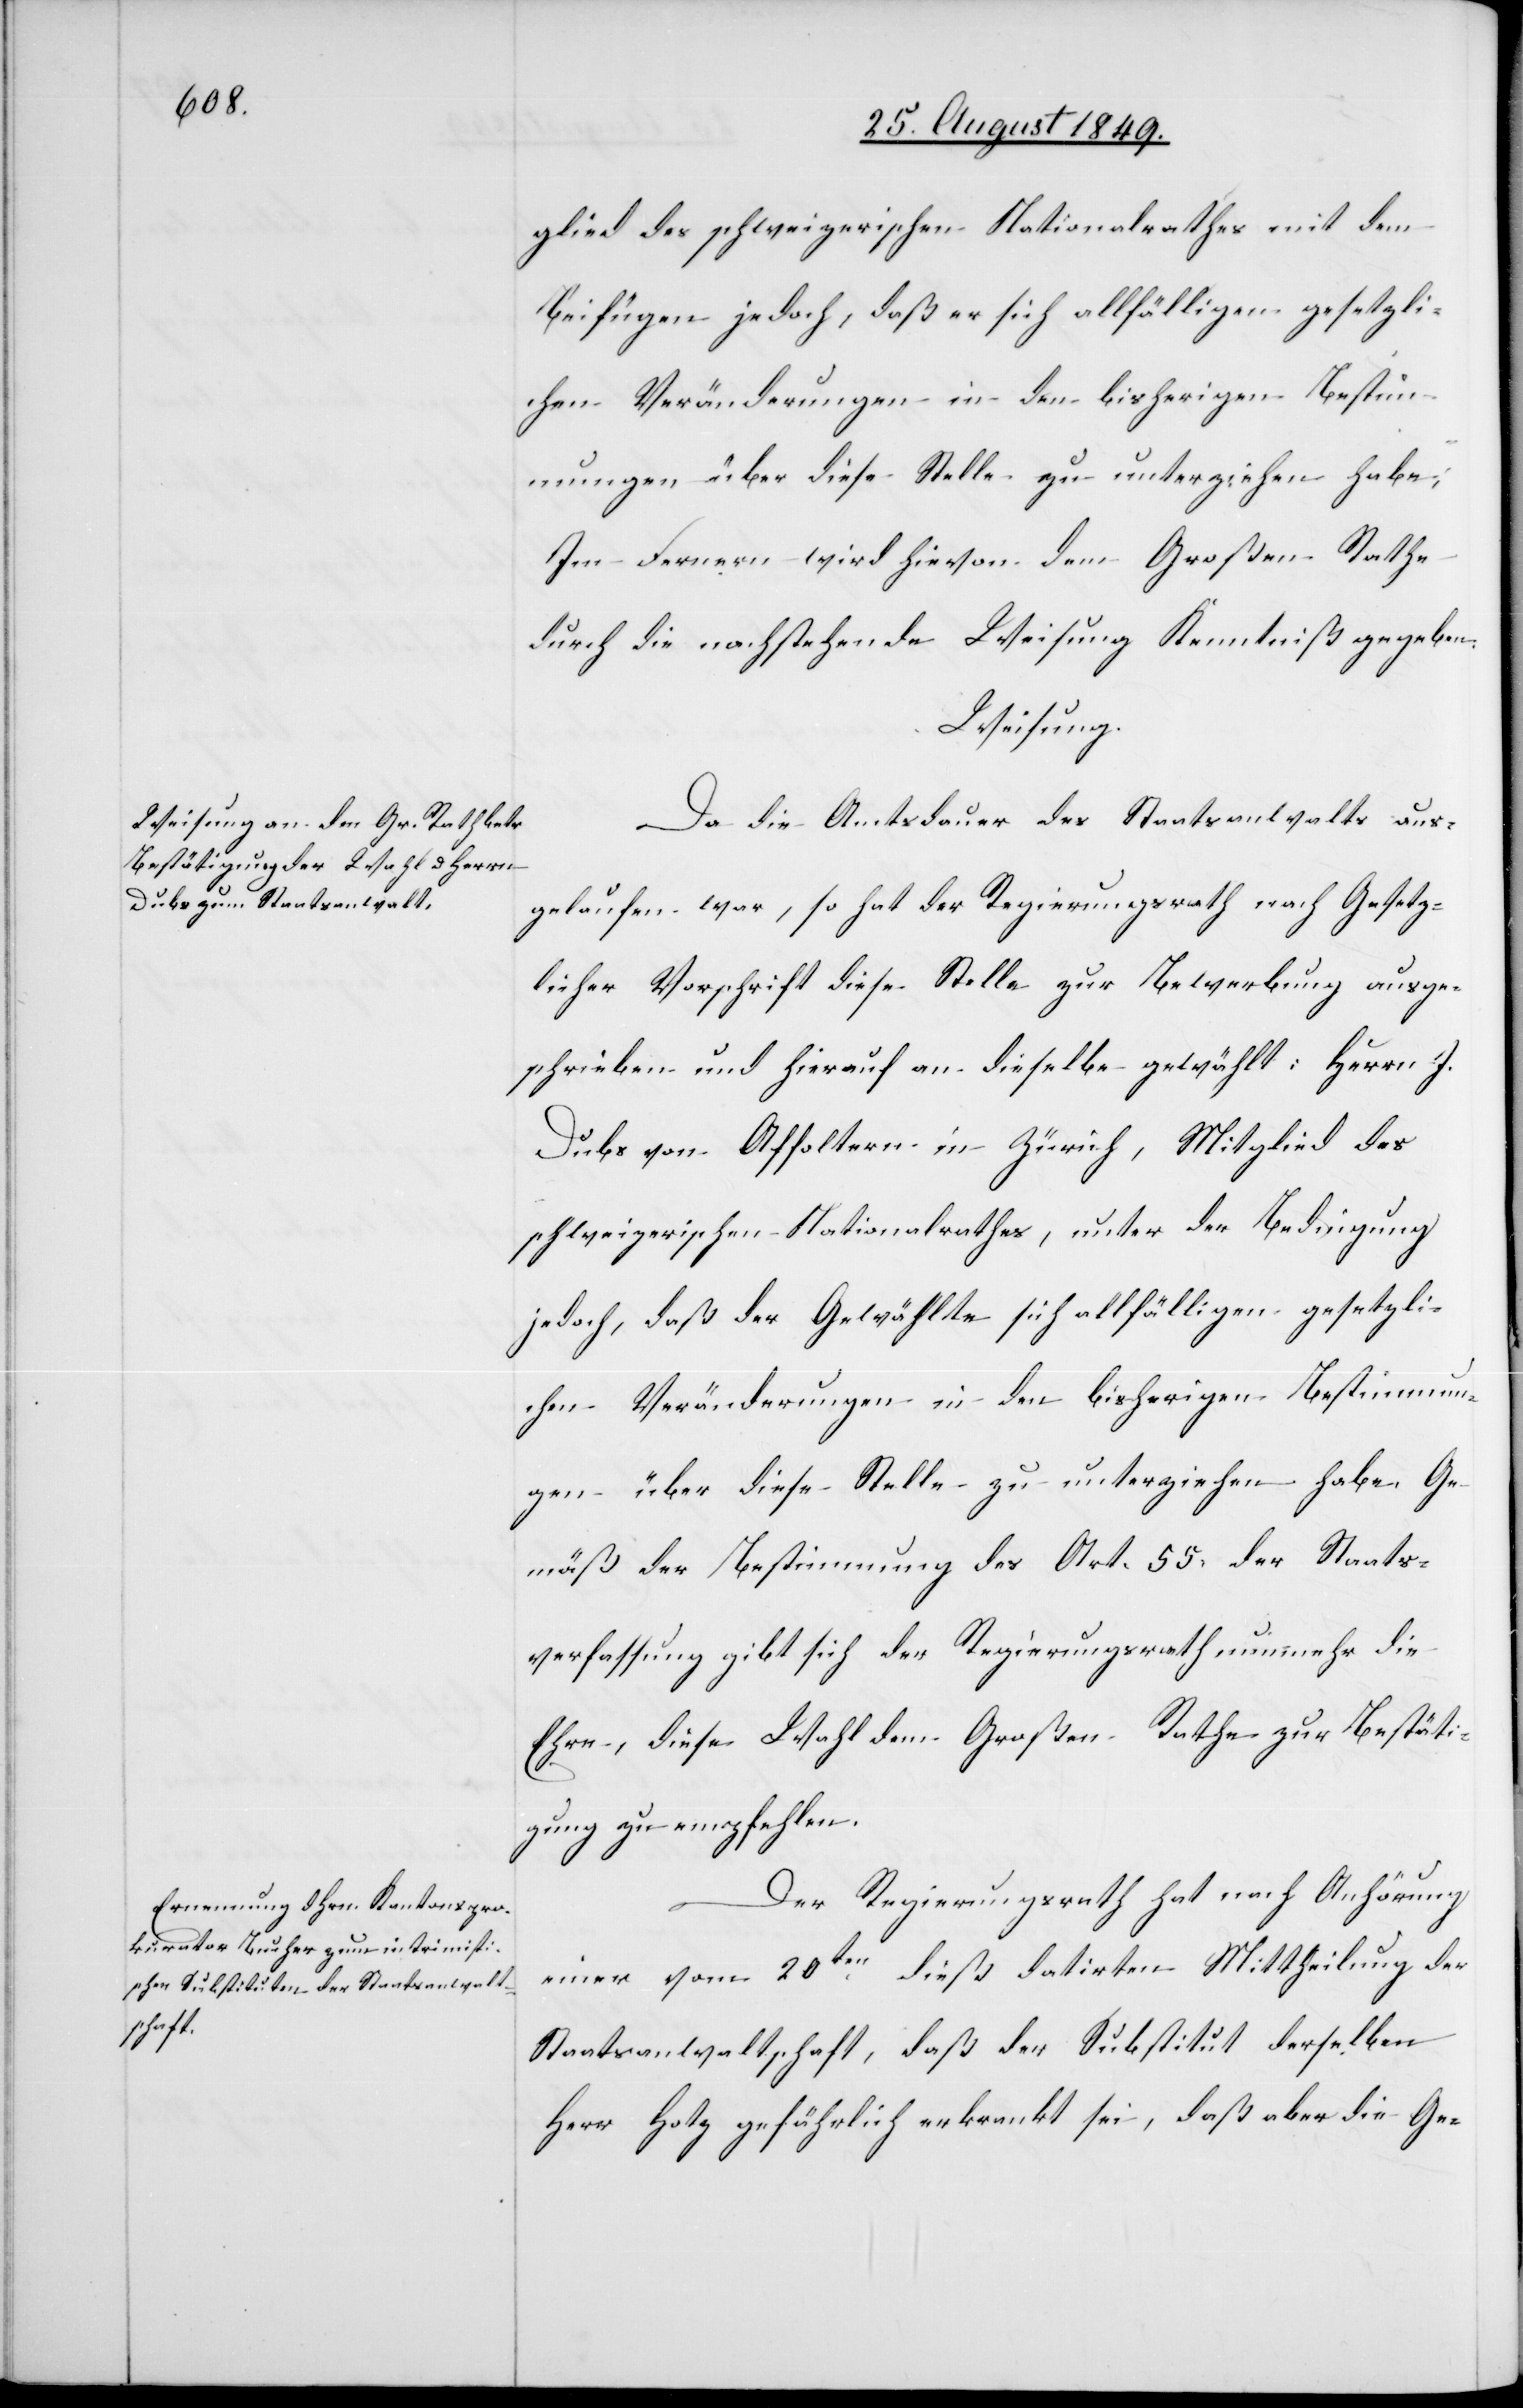
glied des schweizerischen Nationalrathes mit dem
Beifügen jedoch, daß er sich allfälligen gesetzli¬
chen Veränderungen in den bisherigen Bestim¬
mungen über diese Stelle zu unterziehen habe;
Im Fernern wird hievon dem Großen Rathe
durch die nachstehende Weisung Kenntniß gegeben.
Weisung.
Da die Amtsdauer des Staatsanwalts aus¬
gelaufen war, so hat der Regierungsrath nach Gesetz¬
licher Vorschrift diese Stelle zur Bewerbung ausge¬
schrieben und hierauf an dieselbe gewählt: Herrn J.
Dubs von Affoltern in Zürich, Mitglied des
schweizerischen Nationalrathes, unter der Bedingung
jedoch, daß der Gewählte sich allfälligen gesetzli¬
chen Veränderungen in den bisherigen Bestimmun¬
gen über diese Stelle zu unterziehen habe. Ge¬
mäß der Bestimmung des Art. 55. der Staats¬
verfassung gibt sich der Regierungsrath nunmehr die
Ehre, diese Wahl dem Großen Rathe zur Bestäti¬
gung zu empfehlen.